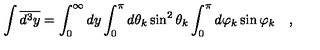
\int \overline { { d ^ { 3 } y } } = \int _ { 0 } ^ { \infty } d y \int _ { 0 } ^ { \pi } d \theta _ { k } \sin ^ { 2 } \theta _ { k } \int _ { 0 } ^ { \pi } d \varphi _ { k } \sin \varphi _ { k } \quad ,